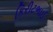
કિરીટભાઈ